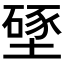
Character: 𱗵